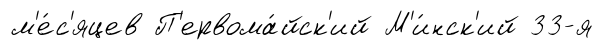
м'е́с'яцев П'ервома́йск'ий М'и́нск'ий 33-я